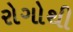
રોગોથી